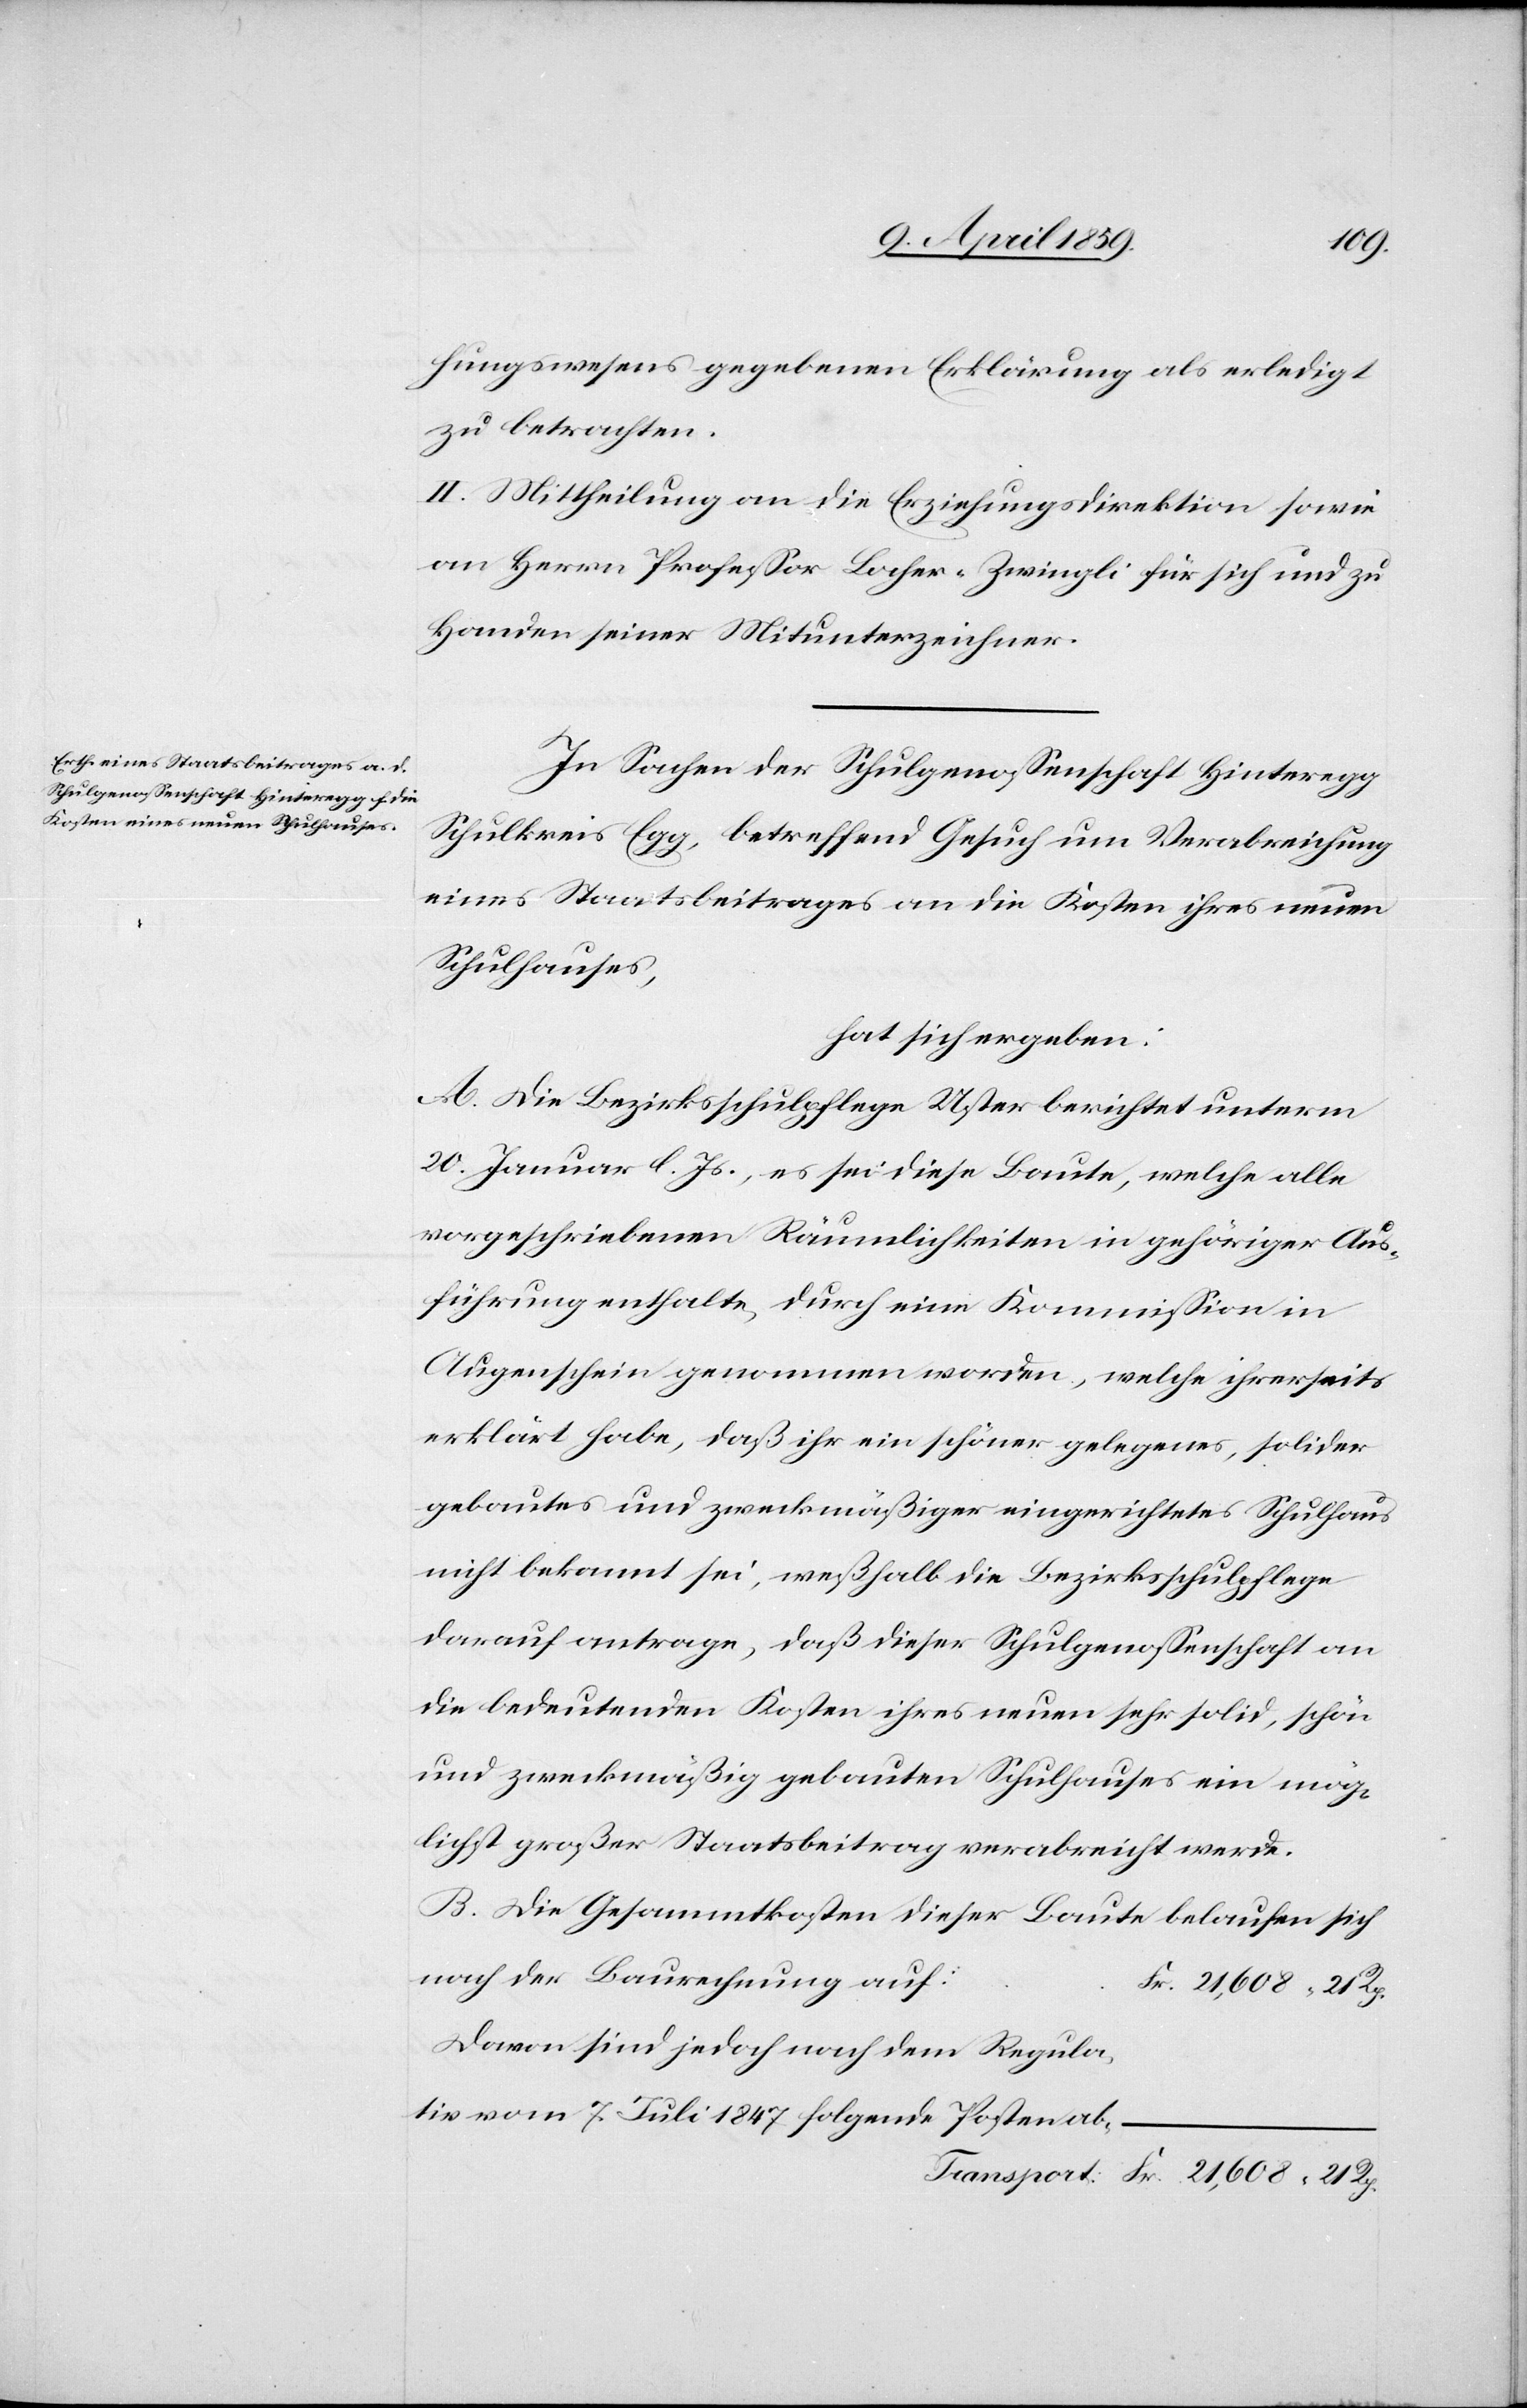
hungswesens gegebenen Erklärung als erledigt
zu betrachten.
II. Mittheilung an die Erziehungsdirektion sowie
an Herrn Profeßor Locher-Zwingli für sich und zu
Handen seiner Mitunterzeichner.
In Sachen der Schulgenoßenschaft Hinteregg
Schulkreis Egg, betreffend Gesuch um Verabreichung
eines Staatsbeitrages an die Kosten ihres neuen
hat sich ergeben:
A. Die Bezirksschulpflege Uster berichtet unterm
20. Januar l. Js., es sei diese Baute, welche alle
vorgeschriebenen Räumlichkeiten in gehöriger Aus¬
führung enthalte, durch eine Kommißion in
Augenschein genommen worden, welche ihrerseits
erklärt habe, daß ihr ein schöner gelegenes, solider
gebautes und zweckmäßiger eingerichtetes Schulhaus
nicht bekannt sei, weßhalb die Bezirksschulpflege
darauf antrage, daß dieser Schulgenoßenschaft an
die bedeutenden Kosten ihres neuen sehr solid, schön
und zweckmäßig gebauten Schulhauses ein mög¬
lichst großer Staatsbeitrag verabreicht werde.
B. Die Gesammtkosten dieser Baute belaufen sich
nach der Baurechnung auf:
Fr. 21,608 21 Rp.
davon sind jedoch nach dem Regula¬
tiv vom 7. Juli 1847 folgende Posten ab-